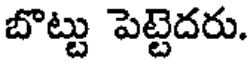
బొట్టు పెట్టెదరు.